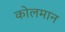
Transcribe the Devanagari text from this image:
कोलमान